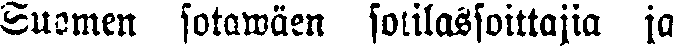
Suomen sotawäen sotilassoittajia ja